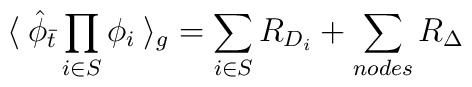
\langle \: {\hat \phi}_{\bar t} \prod_{i \in S}\phi_i \: \rangle_{g} = \sum_{i \in S} R_{D_{i}}+ \sum_{nodes} R_{\Delta} \\